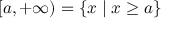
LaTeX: [ a , + \infty ) = \{ x \mid x \geq a \}